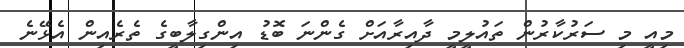
މިއީ މި ސަރުކާރުން ތައުލީމީ ދާއިރާއަށް ގެންނަ ބޮޑު އިންގިލާބީގެ ތެރެއިން އެޅޭނެ